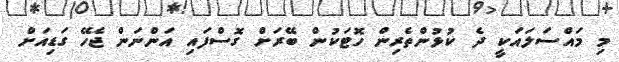
މި މައްސަލައަކީ ދެ ކުޅުންތެރިން ހޮޓަކުން ބޭރަށް ގޮސްފައި އަންނަން ޖެހޭ ގަޑިއަށް